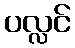
ပလ္လင်